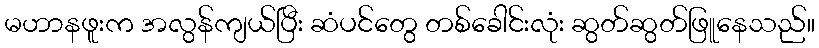
မဟာနဖူးက အလွန်ကျယ်ပြီး ဆံပင်တွေ တစ်ခေါင်းလုံး ဆွတ်ဆွတ်ဖြူနေသည်။